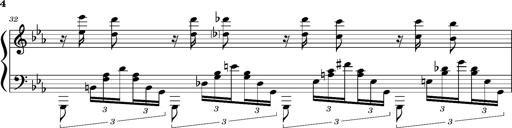
Title: PrÃ©ludes et Harmonies poÃ©tiques et religieuses
Composer: Franz Liszt